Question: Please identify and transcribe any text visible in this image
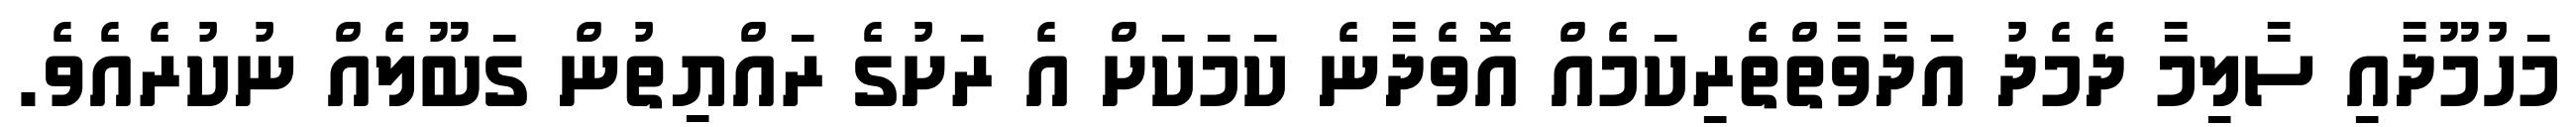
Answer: މަހުމޫދާއި ސާލިމާ ދެމެދު އަދާވާތްތެރިކަމެއް އޮވެދާނެ ކަމަކަށް އެ ރަށުގެ ރައްޔިތުން ގަބޫލެއް ނުކުރެއެވެ.